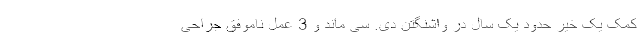
کمک یک خیر حدود یک سال در واشنگتن دی. سی ماند و 3 عمل ناموفق جراحی